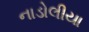
નાડોલીયા